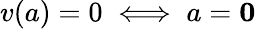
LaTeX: v(a)=0\iff a=\mathbf{0}